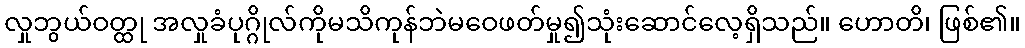
လှုဘွယ်ဝတ္ထု အလှုခံပုဂ္ဂိုလ်ကိုမသိကုန်ဘဲမဝေဖတ်မှု၍သုံးဆောင်လေ့ရှိသည်။ ဟောတိ၊ ဖြစ်၏။